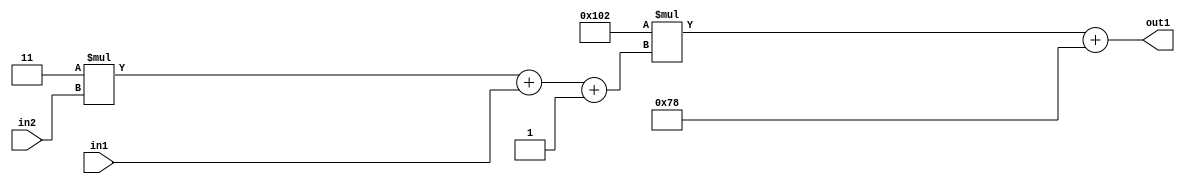
`timescale 1ps / 1ps
/*****************************************************************************
    Verilog RTL Description
    
    
    Created by: Stratus DpOpt 2019.1.01 
*******************************************************************************/

module DC_Filter_Add2i120Mul2i258Add3i1u1Mul2i3u2_4 (
	in2,
	in1,
	out1
	); /* architecture "behavioural" */ 
input [1:0] in2;
input  in1;
output [11:0] out1;
wire [11:0] asc001;
wire [3:0] asc002;

wire [3:0] asc002_tmp_0;
wire [3:0] asc002_tmp_1;
assign asc002_tmp_1 = 
	+(4'B0011 * in2);
assign asc002_tmp_0 = asc002_tmp_1
	+(in1);
assign asc002 = asc002_tmp_0
	+(4'B0001);

wire [11:0] asc001_tmp_2;
assign asc001_tmp_2 = 
	+(12'B000100000010 * asc002);
assign asc001 = asc001_tmp_2
	+(12'B000001111000);

assign out1 = asc001;
endmodule

/* CADENCE  vrP2Sgw= : u9/ySgnWtBlWxVPRXgAZ4Og= ** DO NOT EDIT THIS LINE ******/